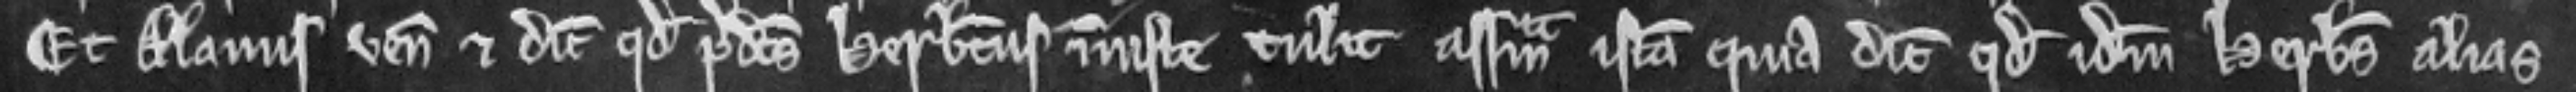
Et Alanus venit et dicit quod predictus Herbertus injuste tulit assisam istam quia dicit quod idem Herbertus alias